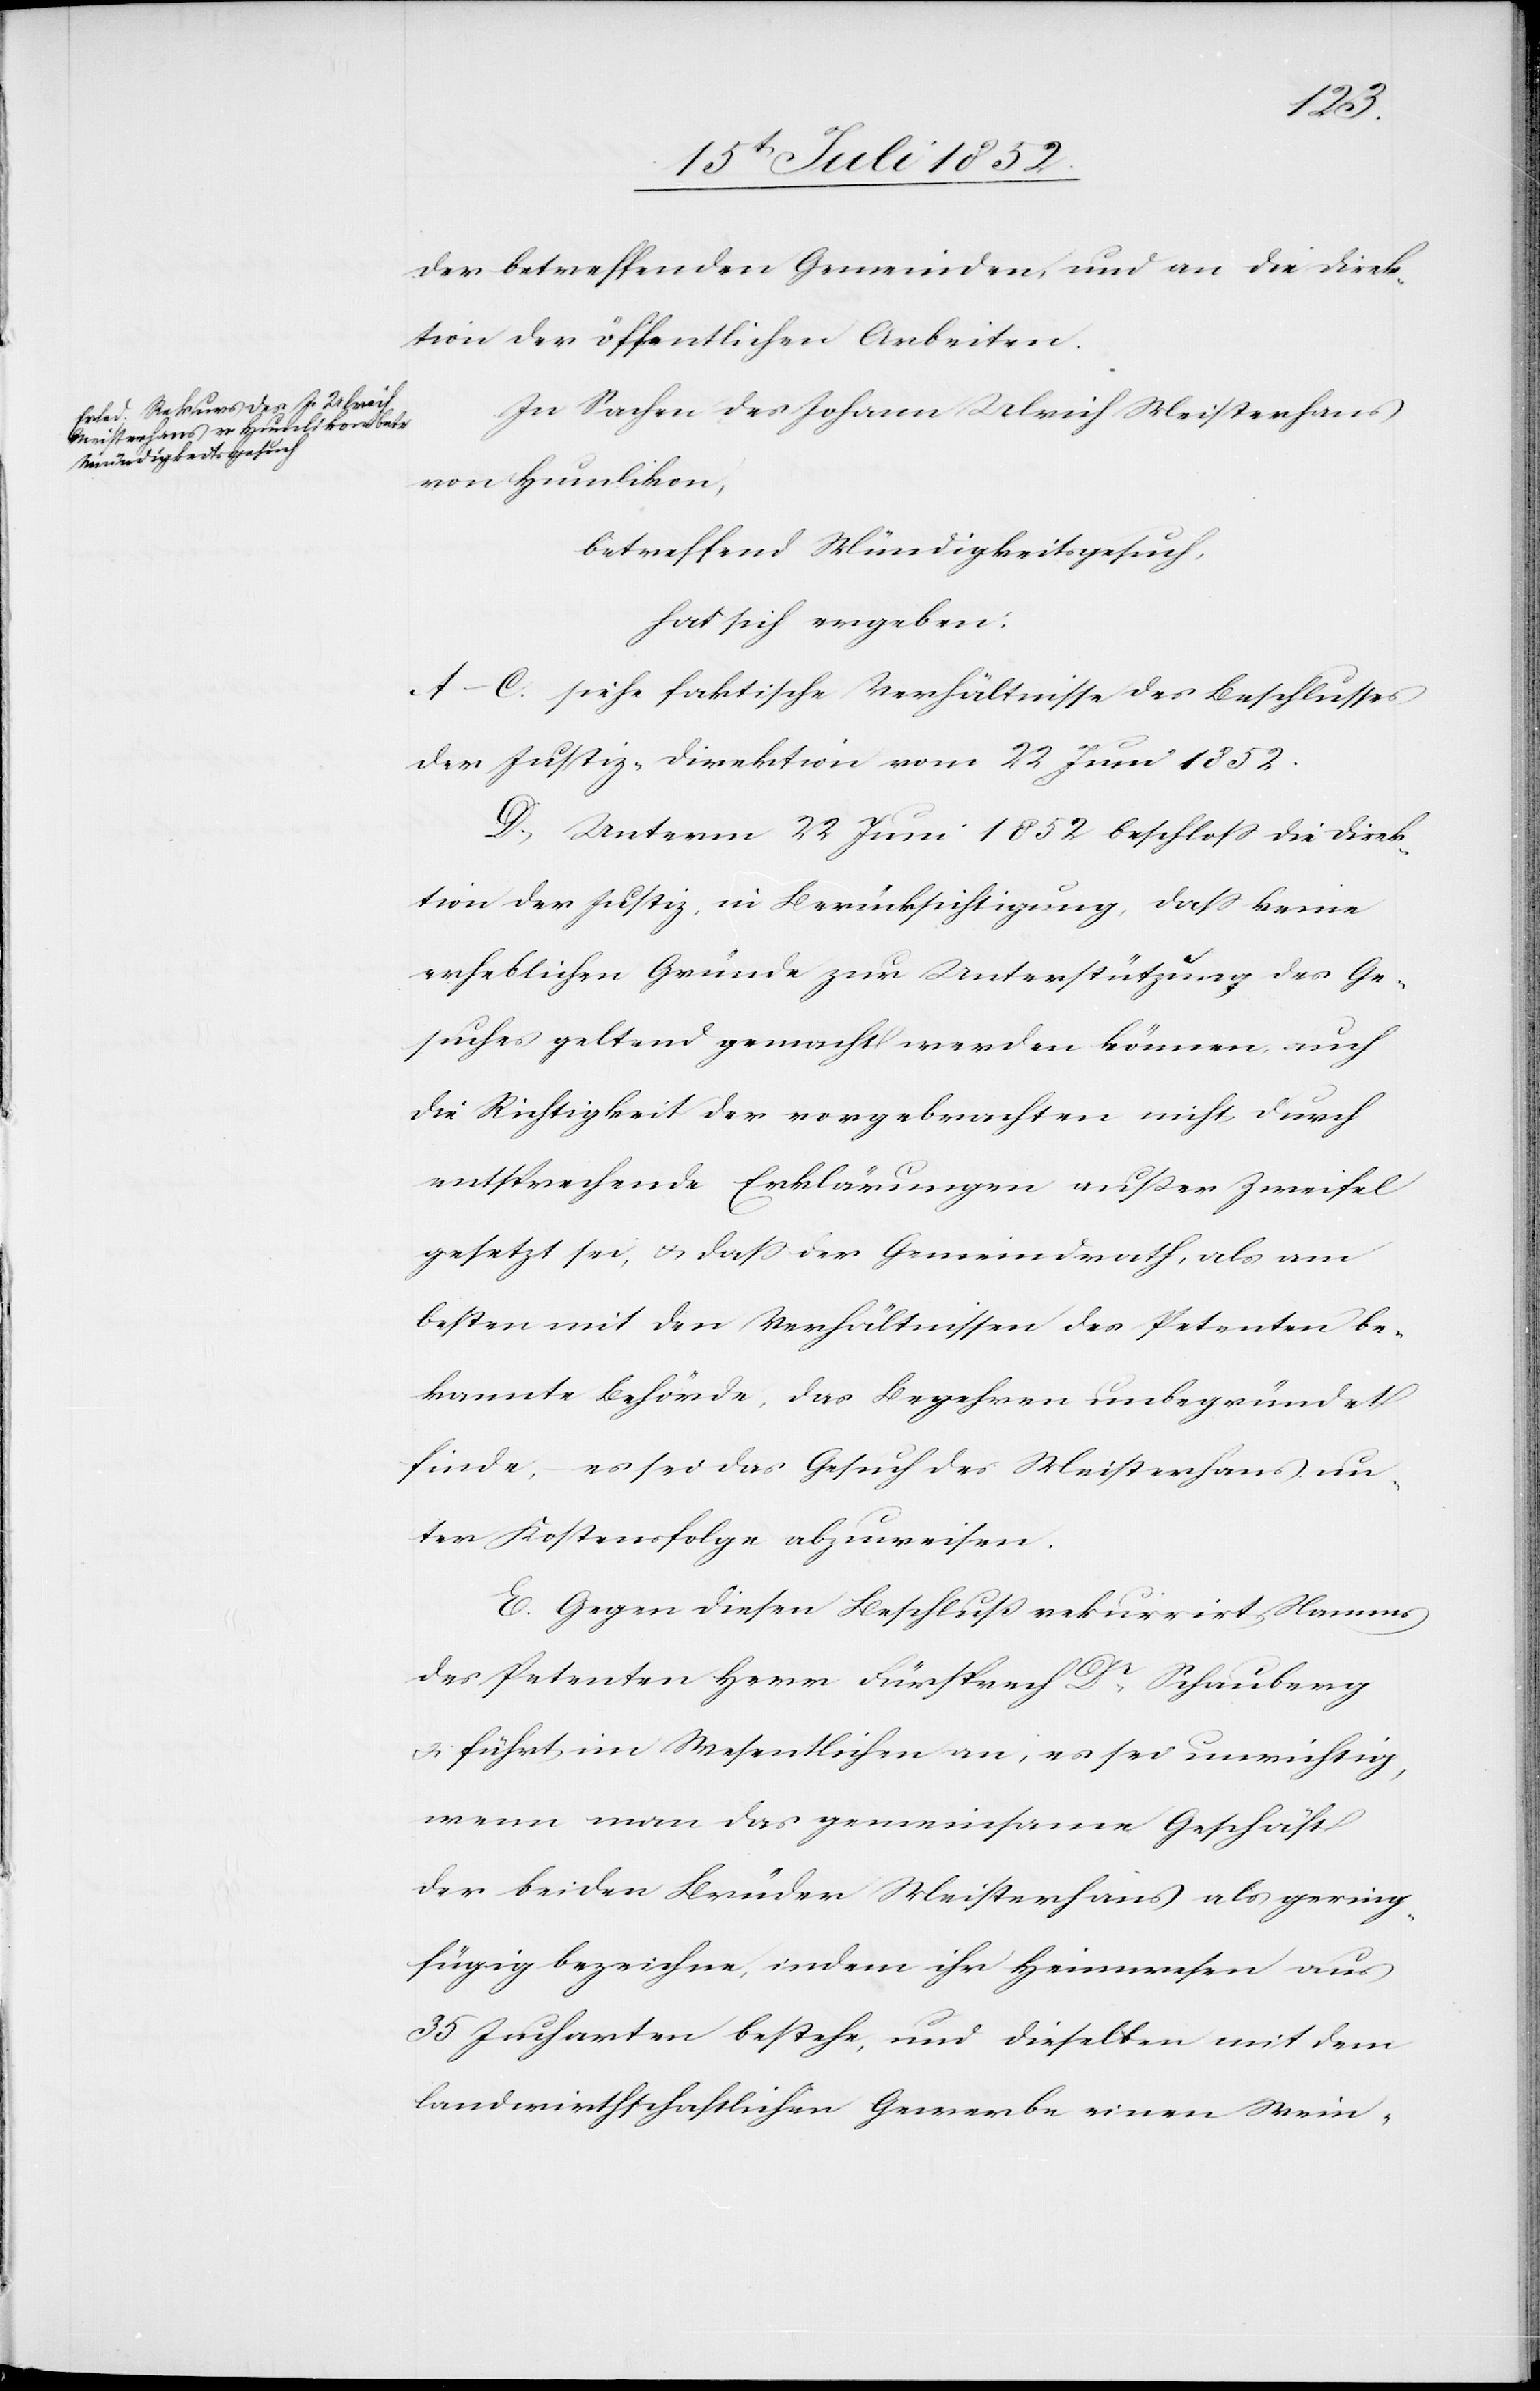
der betreffenden Gemeinden, und an die Direk¬
tion der öffentlichen Arbeiten.
In Sachen des Johann Ulrich Meisterhans
von Humlikon,
betreffend Mündigkeitsgesuch,
hat sich ergeben:
A–C. siehe faktische Verhältnisse des Beschlusses
der Justiz-Direktion vom 22 Juni 1852.
D, Unterm 22 Juni 1852 beschloss die Direk¬
tion der Justiz, in Berücksichtigung, dass keine
erheblichen Gründe zur Unterstützung des Ge¬
suches geltend gemacht werden können, auch
die Richtigkeit der vorgebrachten nicht durch
entsprechende Erklärungen außer Zweifel
gesetzt sei, & dass der Gemeindrath, als am
besten mit den Verhältnissen des Petenten be¬
kannte Behörde, das Begehren unbegründet
finde, – es sei das Gesuch des Meisterhans un¬
ter Kostensfolge abzuweisen.
E. Gegen diesen Beschluß rekurrirt Namens
des Petenten Herr Fürsprech Dr. Schauberg
& führt im Wesentlichen an, es sei unrichtig,
wenn man das gemeinsame Geschäft
der beiden Brüder Meisterhans als gering¬
fügig bezeichne, indem ihr Heimwesen aus
35 Jucharten bestehe, und dieselben mit dem
landwirthschaftlichen Gewerbe einen Wein-